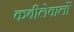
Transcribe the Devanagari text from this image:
कबीलेवालों